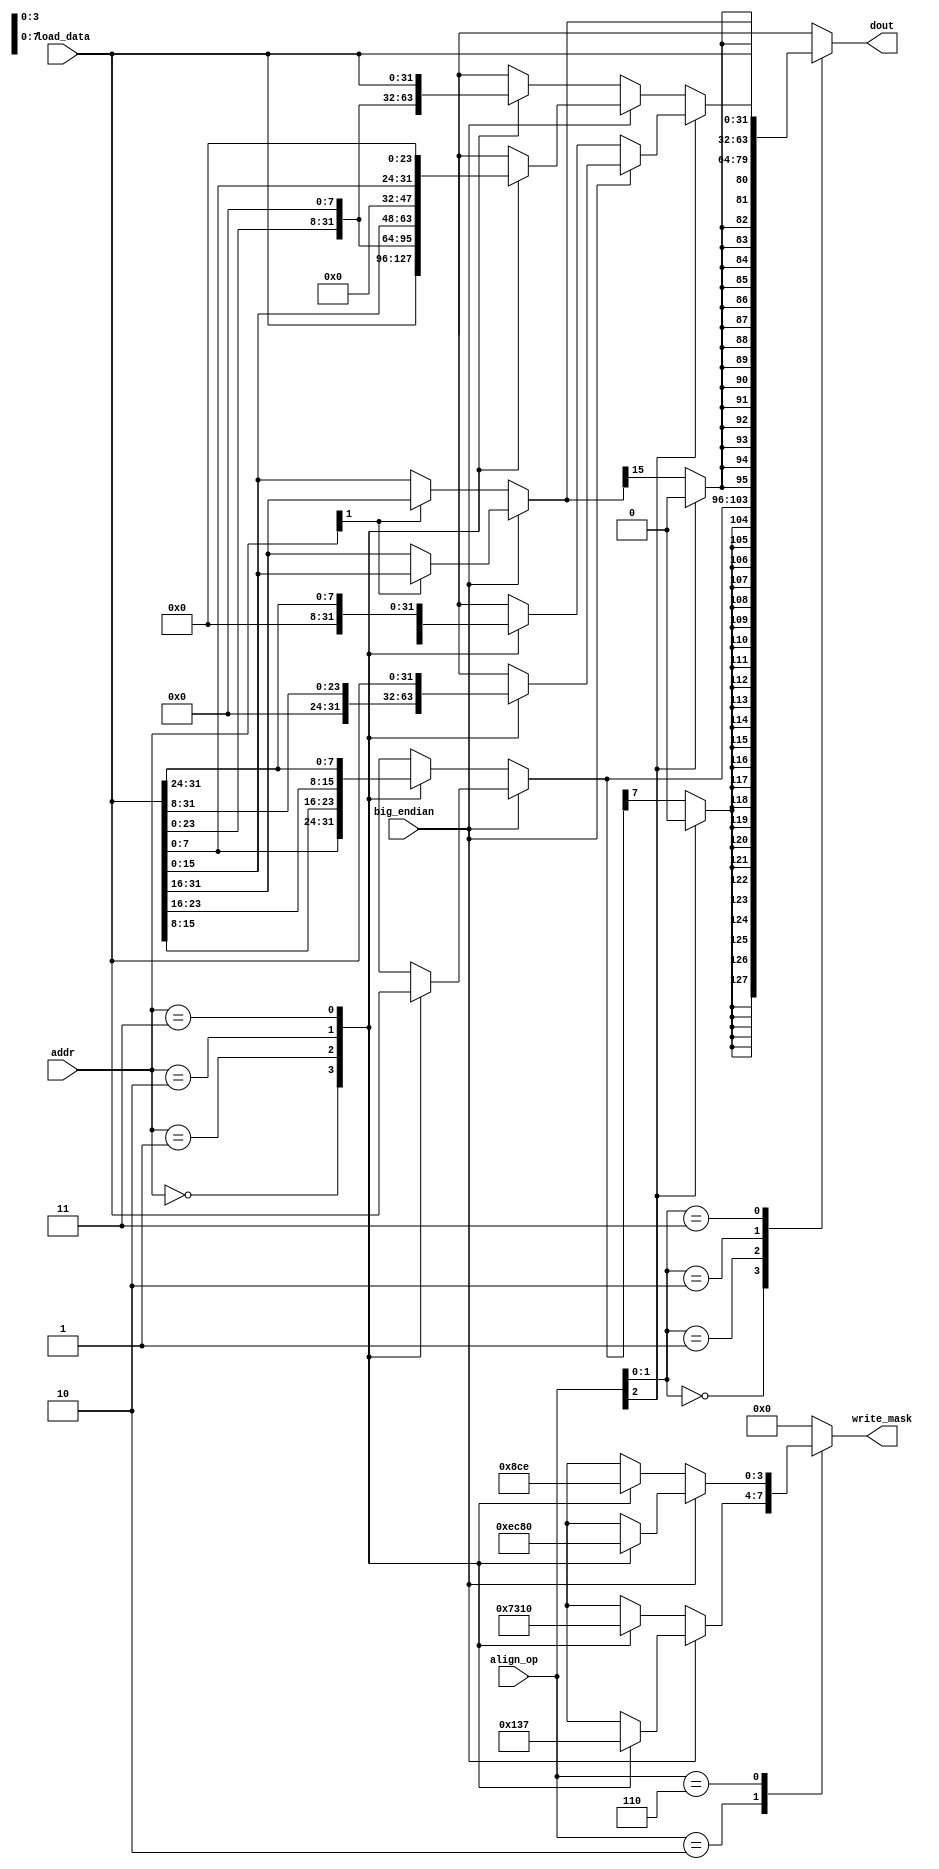
module cpu_wb_alignment(  
	//input
	addr,
	big_endian,
	align_op,
	load_data,
        //output
        write_mask, 
        dout
              
        );

        input	[1:0]	addr;
	input		big_endian;
	input	[2:0]	align_op;
	input   [31:0]  load_data;
       
       	output	[3:0]	write_mask;
	output  [31:0]  dout;
        

        //Internal wire/reg
        wire		cs_sign;
	reg	[7:0]	byte_data;
	wire	[31:0]	byte_extend;
	reg	[15:0]	halfword_data;
	wire	[31:0]	halfword_extend;
	reg	[31:0]	lwl_data;
	reg	[31:0]	lwr_data;
	wire	[31:0]	temp;
	reg	[31:0]	dout;
	
	reg	[3:0]	lwl_write_mask;
	reg	[3:0]	lwr_write_mask;
	reg	[3:0]	write_mask;
	
	
//=====================================================================
//      Main Body
//=====================================================================

        //-------------------------------------------------------------
        // Control 
        //-------------------------------------------------------------
        assign	cs_sign = (align_op[2]==1'b0) ? 1'b1 : 1'b0 ;

        //-------------------------------------------------------------
        // LB/LBU
        //-------------------------------------------------------------
	always@(big_endian or addr or load_data)
	begin
	
	    if(big_endian==1'b1) //Big-Endian
	    	begin
	    	case(addr)
	    	    2'b00: byte_data = load_data[31:24];
	    	    2'b01: byte_data = load_data[23:16];
	    	    2'b10: byte_data = load_data[15:8];
	    	    2'b11: byte_data = load_data[7:0];
	    	endcase
	    	end
	    else
	    	begin	// Littel-Endian
	    	case(addr)
	    	    2'b00: byte_data = load_data[7:0];
	    	    2'b01: byte_data = load_data[15:8];
	    	    2'b10: byte_data = load_data[23:16];
	    	    2'b11: byte_data = load_data[31:24];
	    	endcase	    	
	    	end
	end

	assign	byte_extend[31] = (cs_sign==1'b1) ? byte_data[7] : 1'b0 ;
	assign	byte_extend[30] = (cs_sign==1'b1) ? byte_data[7] : 1'b0 ;
	assign	byte_extend[29] = (cs_sign==1'b1) ? byte_data[7] : 1'b0 ;
	assign	byte_extend[28] = (cs_sign==1'b1) ? byte_data[7] : 1'b0 ;
	assign	byte_extend[27] = (cs_sign==1'b1) ? byte_data[7] : 1'b0 ;
	assign	byte_extend[26] = (cs_sign==1'b1) ? byte_data[7] : 1'b0 ;
	assign	byte_extend[25] = (cs_sign==1'b1) ? byte_data[7] : 1'b0 ;
	assign	byte_extend[24] = (cs_sign==1'b1) ? byte_data[7] : 1'b0 ;
	assign	byte_extend[23] = (cs_sign==1'b1) ? byte_data[7] : 1'b0 ;
	assign	byte_extend[22] = (cs_sign==1'b1) ? byte_data[7] : 1'b0 ;
	assign	byte_extend[21] = (cs_sign==1'b1) ? byte_data[7] : 1'b0 ;
	assign	byte_extend[20] = (cs_sign==1'b1) ? byte_data[7] : 1'b0 ;
	assign	byte_extend[19] = (cs_sign==1'b1) ? byte_data[7] : 1'b0 ;
	assign	byte_extend[18] = (cs_sign==1'b1) ? byte_data[7] : 1'b0 ;
	assign	byte_extend[17] = (cs_sign==1'b1) ? byte_data[7] : 1'b0 ;
	assign	byte_extend[16] = (cs_sign==1'b1) ? byte_data[7] : 1'b0 ;
	assign	byte_extend[15] = (cs_sign==1'b1) ? byte_data[7] : 1'b0 ;
	assign	byte_extend[14] = (cs_sign==1'b1) ? byte_data[7] : 1'b0 ;
	assign	byte_extend[13] = (cs_sign==1'b1) ? byte_data[7] : 1'b0 ;
	assign	byte_extend[12] = (cs_sign==1'b1) ? byte_data[7] : 1'b0 ;
	assign	byte_extend[11] = (cs_sign==1'b1) ? byte_data[7] : 1'b0 ;
	assign	byte_extend[10] = (cs_sign==1'b1) ? byte_data[7] : 1'b0 ;
	assign	byte_extend[9]  = (cs_sign==1'b1) ? byte_data[7] : 1'b0 ;
	assign	byte_extend[8]  = (cs_sign==1'b1) ? byte_data[7] : 1'b0 ;
	assign	byte_extend[7:0] = byte_data[7:0] ;
	

        //-------------------------------------------------------------
        // LH/LHU
        //-------------------------------------------------------------
	always@(big_endian or addr or load_data)
	begin
	
	    if(big_endian==1'b1) //Big-Endian
	    	begin
	    	if(addr[1]==1'b1)
	    	    halfword_data = load_data[15:0];
	    	else
	    	    halfword_data = load_data[31:16];
	    	end
	    else
	    	begin	// Littel-Endian
	    	if(addr[1]==1'b1)
	    	    halfword_data = load_data[31:16];
	    	else
	    	    halfword_data = load_data[15:0];
	    	end
	end

	assign	halfword_extend[31] = (cs_sign==1'b1) ? halfword_data[15] : 1'b0 ;
	assign	halfword_extend[30] = (cs_sign==1'b1) ? halfword_data[15] : 1'b0 ;
	assign	halfword_extend[29] = (cs_sign==1'b1) ? halfword_data[15] : 1'b0 ;
	assign	halfword_extend[28] = (cs_sign==1'b1) ? halfword_data[15] : 1'b0 ;
	assign	halfword_extend[27] = (cs_sign==1'b1) ? halfword_data[15] : 1'b0 ;
	assign	halfword_extend[26] = (cs_sign==1'b1) ? halfword_data[15] : 1'b0 ;
	assign	halfword_extend[25] = (cs_sign==1'b1) ? halfword_data[15] : 1'b0 ;
	assign	halfword_extend[24] = (cs_sign==1'b1) ? halfword_data[15] : 1'b0 ;
	assign	halfword_extend[23] = (cs_sign==1'b1) ? halfword_data[15] : 1'b0 ;
	assign	halfword_extend[22] = (cs_sign==1'b1) ? halfword_data[15] : 1'b0 ;
	assign	halfword_extend[21] = (cs_sign==1'b1) ? halfword_data[15] : 1'b0 ;
	assign	halfword_extend[20] = (cs_sign==1'b1) ? halfword_data[15] : 1'b0 ;
	assign	halfword_extend[19] = (cs_sign==1'b1) ? halfword_data[15] : 1'b0 ;
	assign	halfword_extend[18] = (cs_sign==1'b1) ? halfword_data[15] : 1'b0 ;
	assign	halfword_extend[17] = (cs_sign==1'b1) ? halfword_data[15] : 1'b0 ;
	assign	halfword_extend[16] = (cs_sign==1'b1) ? halfword_data[15] : 1'b0 ;
	assign	halfword_extend[15:0] = halfword_data[15:0] ;


        //-------------------------------------------------------------
        // LWL
        //-------------------------------------------------------------
	always@(big_endian or addr or load_data)
	begin
	
	    if(big_endian==1'b1) //Big-Endian
	    	begin
	    	case(addr)
	    	    2'b00: lwl_data = load_data[31:0];
	    	    2'b01: lwl_data = {load_data[23:0],8'b0};
	    	    2'b10: lwl_data = {load_data[15:0],16'b0};
	    	    2'b11: lwl_data = {load_data[7:0],24'b0};
	    	endcase
	    	end
	    else
	    	begin	// Littel-Endian
	    	case(addr)
	    	    2'b00: lwl_data = {load_data[7:0],24'b0};
	    	    2'b01: lwl_data = {load_data[15:0],16'b0};
	    	    2'b10: lwl_data = {load_data[23:0],8'b0};
	    	    2'b11: lwl_data = load_data[31:0];
	    	endcase	    	
	    	end
	end

	
        //-------------------------------------------------------------
        // LWR
        //-------------------------------------------------------------
	always@(big_endian or addr or load_data)
	begin
	
	    if(big_endian==1'b1) //Big-Endian
	    	begin
	    	case(addr)
	    	    2'b00: lwr_data = {24'b0,load_data[31:24]};
	    	    2'b01: lwr_data = {16'b0,load_data[31:16]};
	    	    2'b10: lwr_data = {8'b0,load_data[31:8]};
	    	    2'b11: lwr_data = load_data[31:0];
	    	endcase
	    	end
	    else
	    	begin	// Littel-Endian
	    	case(addr)
	    	    2'b00: lwr_data = load_data[31:0];
	    	    2'b01: lwr_data = {8'b0,load_data[31:8]};
	    	    2'b10: lwr_data = {16'b0,load_data[31:16]};
	    	    2'b11: lwr_data = {24'b0,load_data[31:24]};
	    	endcase	    	
	    	end
	end


        //-------------------------------------------------------------
        // Write Mask
        //-------------------------------------------------------------

	//lwl_write_mask
	always@(big_endian or addr)
	begin
	    if(big_endian==1'b1) //Big-Endian
	    	begin
	    	case(addr)
	    	    2'b00: lwl_write_mask = 4'b0000 ;
	    	    2'b01: lwl_write_mask = 4'b0001 ;
	    	    2'b10: lwl_write_mask = 4'b0011 ;
	    	    2'b11: lwl_write_mask = 4'b0111 ;
	    	endcase
	    	end
	    else
	    	begin	// Littel-Endian
	    	case(addr)
	    	    2'b00: lwl_write_mask = 4'b0111 ;
	    	    2'b01: lwl_write_mask = 4'b0011 ;
	    	    2'b10: lwl_write_mask = 4'b0001 ;
	    	    2'b11: lwl_write_mask = 4'b0000 ;
	    	endcase	    	
	    	end
	end

	//lwr_write_mask
	always@(big_endian or addr)
	begin
	    if(big_endian==1'b1) //Big-Endian
	    	begin
	    	case(addr)
	    	    2'b00: lwr_write_mask = 4'b1110 ;
	    	    2'b01: lwr_write_mask = 4'b1100 ;
	    	    2'b10: lwr_write_mask = 4'b1000 ;
	    	    2'b11: lwr_write_mask = 4'b0000 ;
	    	endcase
	    	end
	    else
	    	begin	// Littel-Endian
	    	case(addr)
	    	    2'b00: lwr_write_mask = 4'b0000 ;
	    	    2'b01: lwr_write_mask = 4'b1000 ;
	    	    2'b10: lwr_write_mask = 4'b1100 ;
	    	    2'b11: lwr_write_mask = 4'b1110 ;
	    	endcase	    	
	    	end
	end
		
	
	//write_mask
	always@(align_op or lwl_write_mask or lwr_write_mask)
	begin
	    case(align_op)
	    	3'b010:	write_mask = lwl_write_mask ;
	    	3'b110:	write_mask = lwr_write_mask ;
	    	default: write_mask = 4'b0000 ;
	    endcase	
	end  
	
	
        //-------------------------------------------------------------
        // Output Select
        //-------------------------------------------------------------

	//LWL or LWR
	assign	temp = (align_op[2]==1'b1) ? lwr_data : lwl_data ;   

	
	//Output
	always@(align_op or byte_extend or halfword_extend or 
	        temp or load_data)
	begin
	    case(align_op[1:0])
	    	2'b00:	dout = byte_extend ;
	    	2'b01:	dout = halfword_extend ;
	    	2'b10:	dout = temp ;
	    	2'b11: 	dout = load_data ;
	    endcase	
	end  

	        
endmodule